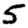
Digit: 5